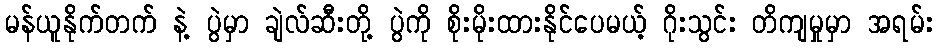
မန်ယူနိုက်တက် နဲ့ ပွဲမှာ ချဲလ်ဆီးတို့ ပွဲကို စိုးမိုးထားနိုင်ပေမယ့် ဂိုးသွင်း တိကျမှုမှာ အရမ်း